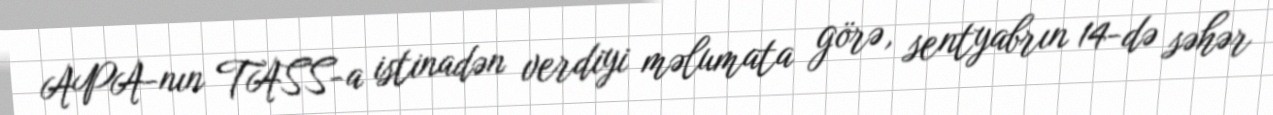
APA-nın TASS-a istinadən verdiyi məlumata görə, sentyabrın 14-də səhər